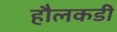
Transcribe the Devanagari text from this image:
हौलकडी